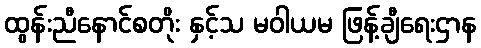
ထွန်းညီနောင်စတိုး နှင့်သ မဝါယမ ဖြန့်ချီရေးဌာန